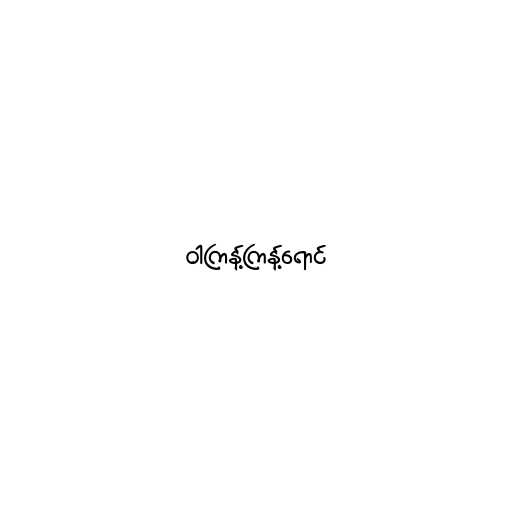
ဝါကြန့်ကြန့်ရောင်